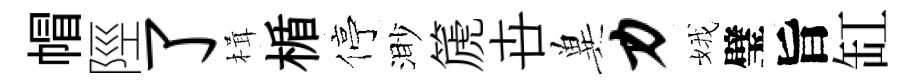
帽陘了楫楯停渺篪卋兾力娥璧旨缸